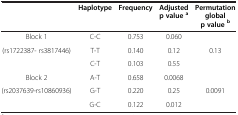
|  | Haplotype | Frequency | Adjusted | Permutation |
 |  |  |  | p value a | global |
 |  |  |  |  | p value b |
 | --- | --- | --- | --- | --- |
 | Block 1 | C-C | 0.753 | 0.060 |  |
 | <ROWSPAN=2> (rs1722387- rs3817446) | T-T | 0.140 | 0.12 | 0.13 |
 | C-T | 0.103 | 0.55 |  |
 | Block 2 | A-T | 0.658 | 0.0068 |  |
 | <ROWSPAN=2> (rs2037639-rs10860936) | G-T | 0.220 | 0.25 | 0.0091 |
 | G-C | 0.122 | 0.012 |  |